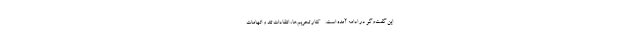
این گفت‌وگو در ادامه آمده است. - کنار تحریم‌ها، انتقادات تند و اتهامات